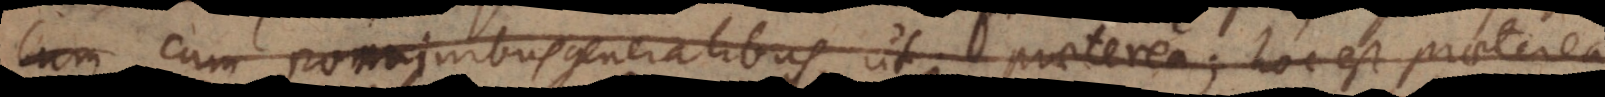
cum nominibus generalibus, ut praeterea; hoc est praeter ea